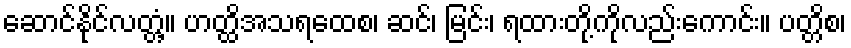
ဆောင်နိုင်လတ္တံ့။ ဟတ္ထိအသရထေစ၊ ဆင်၊ မြင်း၊ ရထားတို့ကိုလည်းကောင်း။ ပတ္တိစ၊